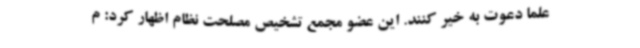
علما دعوت به خیر کنند. این عضو مجمع تشخیص مصلحت نظام اظهار کرد: م